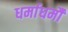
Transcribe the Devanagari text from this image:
धर्माधर्मौ